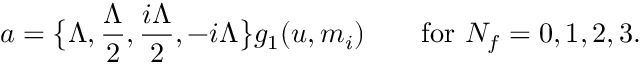
a = \big \{ \Lambda , \frac { \Lambda } { 2 } , \frac { i \Lambda } { 2 } , - i \Lambda \big \} g _ { 1 } ( u , m _ { i } ) \qquad \mathrm { f o r ~ } N _ { f } = 0 , 1 , 2 , 3 .